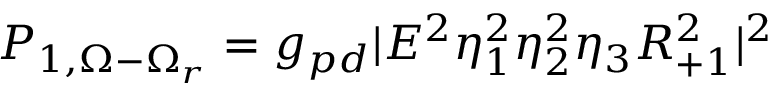
P _ { 1 , \Omega - \Omega _ { r } } = g _ { p d } | E ^ { 2 } \eta _ { 1 } ^ { 2 } \eta _ { 2 } ^ { 2 } \eta _ { 3 } R _ { + 1 } ^ { 2 } | ^ { 2 }